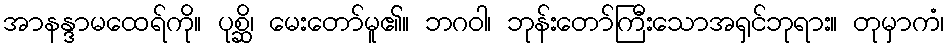
အာနန္ဒာမထေရ်ကို။ ပုစ္ဆိ၊ မေးတော်မူ၏။ ဘဂဝါ၊ ဘုန်းတော်ကြီးသောအရှင်ဘုရား။ တုမှာကံ၊